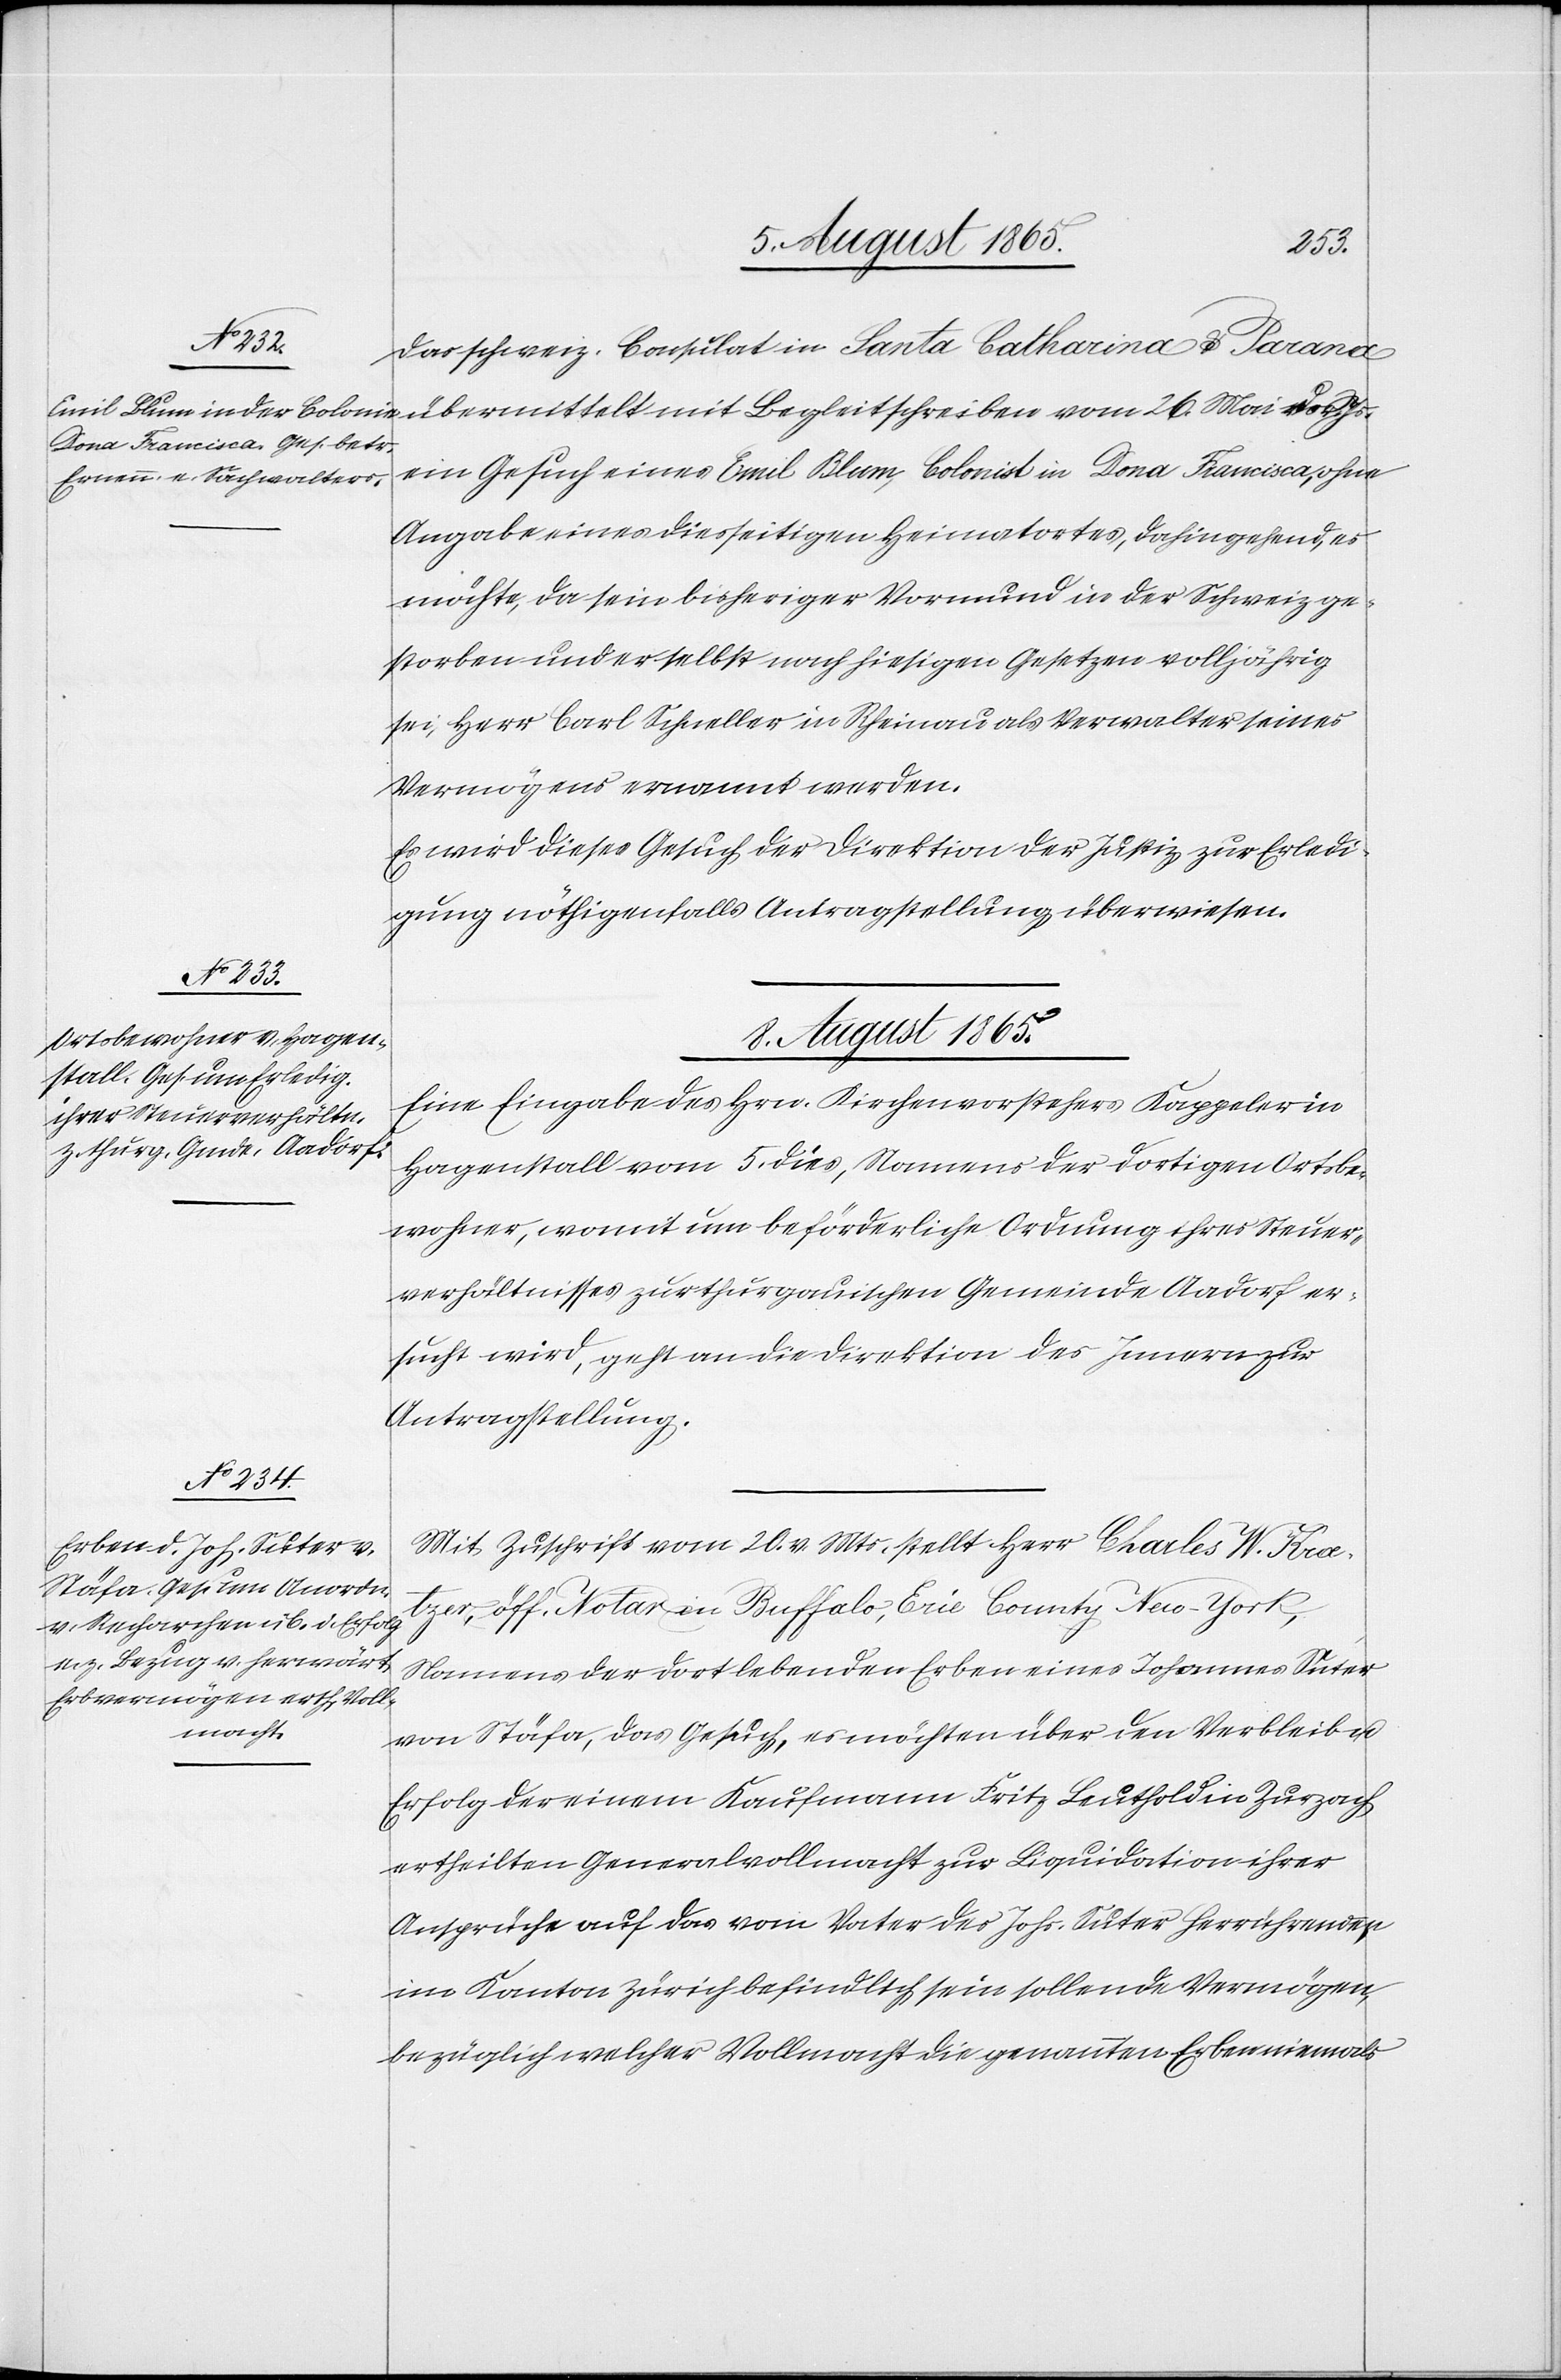
8. August 1865.]
Das schweiz. Consulat in Santa Catharina & Parana
ein Gesuch eines Emil Blum, Colonist in Dona Francisca, ohne
Angabe eines diesseitigen Heimatortes, dahingehend, es
möchte, da sein bisheriger Vormund in der Schweiz ge¬
storben und er selbst nach hiesigen Gesetzen volljährig
sei, Herr Carl Schneller in Rheinau als Verwalter seines
Vermögens ernannt werden.
Es wird dieses Gesuch der Direktion der Justiz zur Erledi¬
gung[,] nöthigenfalls Antragstellung[,] überwiesen.
vor. Js.
Eine Eingabe des Hrn. Kirchenvorstehers Kappeler in
Hagenstall vom 5. dies, Namens der dortigen Ortsbe¬
wohner, womit um beförderliche Ordnung ihres Steuer¬
verhältnisses zur thurgauischen Gemeinde Aadorf er¬
sucht wird, geht an die Direktion des Innern zur
Antragstellung.
Mit Zuschrift vom 20. v. Mts. stellt Herr Charles W. Krœ¬
tzer, öff. Notar in Buffalo, Erie County New-York,
Namens der dort lebenden Erben eines Johannes Suter
von Stäfa, das Gesuch, es möchten über den Verbleib u.
Erfolg der einem Kaufmann Fritz Leuthold in Zurzach
ertheilten Generalvollmacht zur Liquidation ihrer
Ansprüche auf das vom Vater des Johs. Suter herrührenden,
im Kanton Zürich befindlich sein sollende Vermögen,
bezüglich welcher Vollmacht die genannten Erben niemals